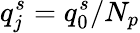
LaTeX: q_{j}^{s}=q_{0}^{s}/N_{p}